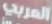
العربي